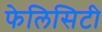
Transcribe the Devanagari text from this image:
फेलिसिटी